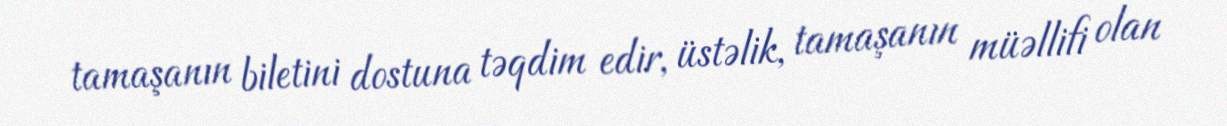
tamaşanın biletini dostuna təqdim edir, üstəlik, tamaşanın müəllifi olan